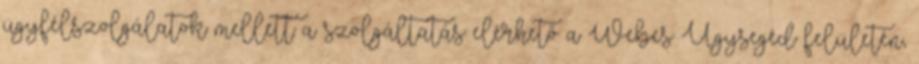
ügyfélszolgálatok mellett a szolgáltatás elérhető a Webes Ügysegéd felületén,